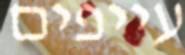
עייפים